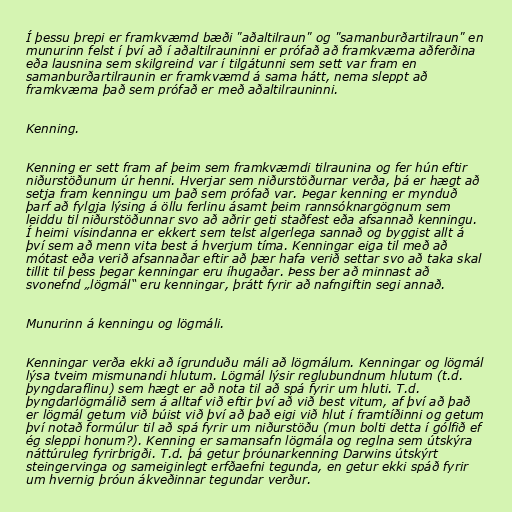
Í þessu þrepi er framkvæmd bæði "aðaltilraun" og "samanburðartilraun" en
munurinn felst í því að í aðaltilrauninni er prófað að framkvæma aðferðina
eða lausnina sem skilgreind var í tilgátunni sem sett var fram en
samanburðartilraunin er framkvæmd á sama hátt, nema sleppt að
framkvæma það sem prófað er með aðaltilrauninni.

Kenning.

Kenning er sett fram af þeim sem framkvæmdi tilraunina og fer hún eftir
niðurstöðunum úr henni. Hverjar sem niðurstöðurnar verða, þá er hægt að
setja fram kenningu um það sem prófað var. Þegar kenning er mynduð
þarf að fylgja lýsing á öllu ferlinu ásamt þeim rannsóknargögnum sem
leiddu til niðurstöðunnar svo að aðrir geti staðfest eða afsannað kenningu.
Í heimi vísindanna er ekkert sem telst algerlega sannað og byggist allt á
því sem að menn vita best á hverjum tíma. Kenningar eiga til með að
mótast eða verið afsannaðar eftir að þær hafa verið settar svo að taka skal
tillit til þess þegar kenningar eru íhugaðar. Þess ber að minnast að
svonefnd „lögmál“ eru kenningar, þrátt fyrir að nafngiftin segi annað.

Munurinn á kenningu og lögmáli.

Kenningar verða ekki að ígrunduðu máli að lögmálum. Kenningar og lögmál
lýsa tveim mismunandi hlutum. Lögmál lýsir reglubundnum hlutum (t.d.
þyngdaraflinu) sem hægt er að nota til að spá fyrir um hluti. T.d.
þyngdarlögmálið sem á alltaf við eftir því að við best vitum, af því að það
er lögmál getum við búist við því að það eigi við hlut í framtíðinni og getum
því notað formúlur til að spá fyrir um niðurstöðu (mun bolti detta í gólfið ef
ég sleppi honum?). Kenning er samansafn lögmála og reglna sem útskýra
náttúruleg fyrirbrigði. T.d. þá getur þróunarkenning Darwins útskýrt
steingervinga og sameiginlegt erfðaefni tegunda, en getur ekki spáð fyrir
um hvernig þróun ákveðinnar tegundar verður.